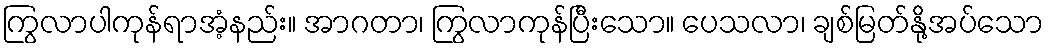
ကြွလာပါကုန်ရာအံ့နည်း။ အာဂတာ၊ ကြွလာကုန်ပြီးသော။ ပေသလာ၊ ချစ်မြတ်နို့အပ်သော